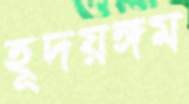
হূদয়ঙ্গম